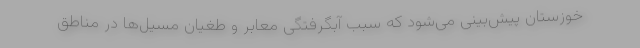
خوزستان پیش‌بینی می‌شود که سبب آبگرفتگی معابر و طغیان مسیل‌ها در مناطق